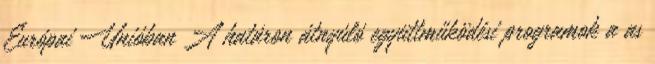
Európai Unióban A határon átnyúló együttműködési programok a as